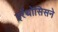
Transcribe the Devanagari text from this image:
इरॅथोसिसने